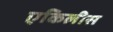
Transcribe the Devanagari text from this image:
एकिलीस